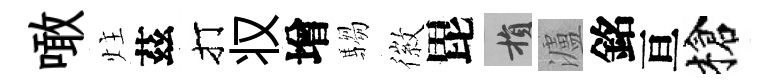
噉炷茲打𠬧增騶徽毘損瀘銘亘槍